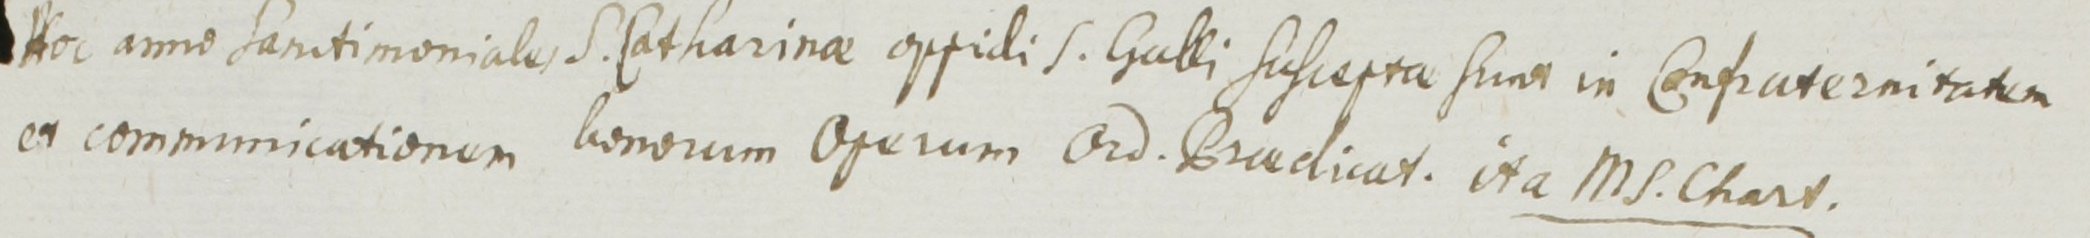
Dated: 1400–1699